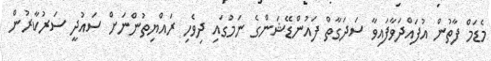
މެޑަމް ފާތުން އުފައްދަވާފައިވާ ސަދަގާތް ފައުންޑޭޝަންގެ ނަމުގައި ދިވެހި ރައްޔިތުންނަށް ސައުދީ ސަރުކާރުން